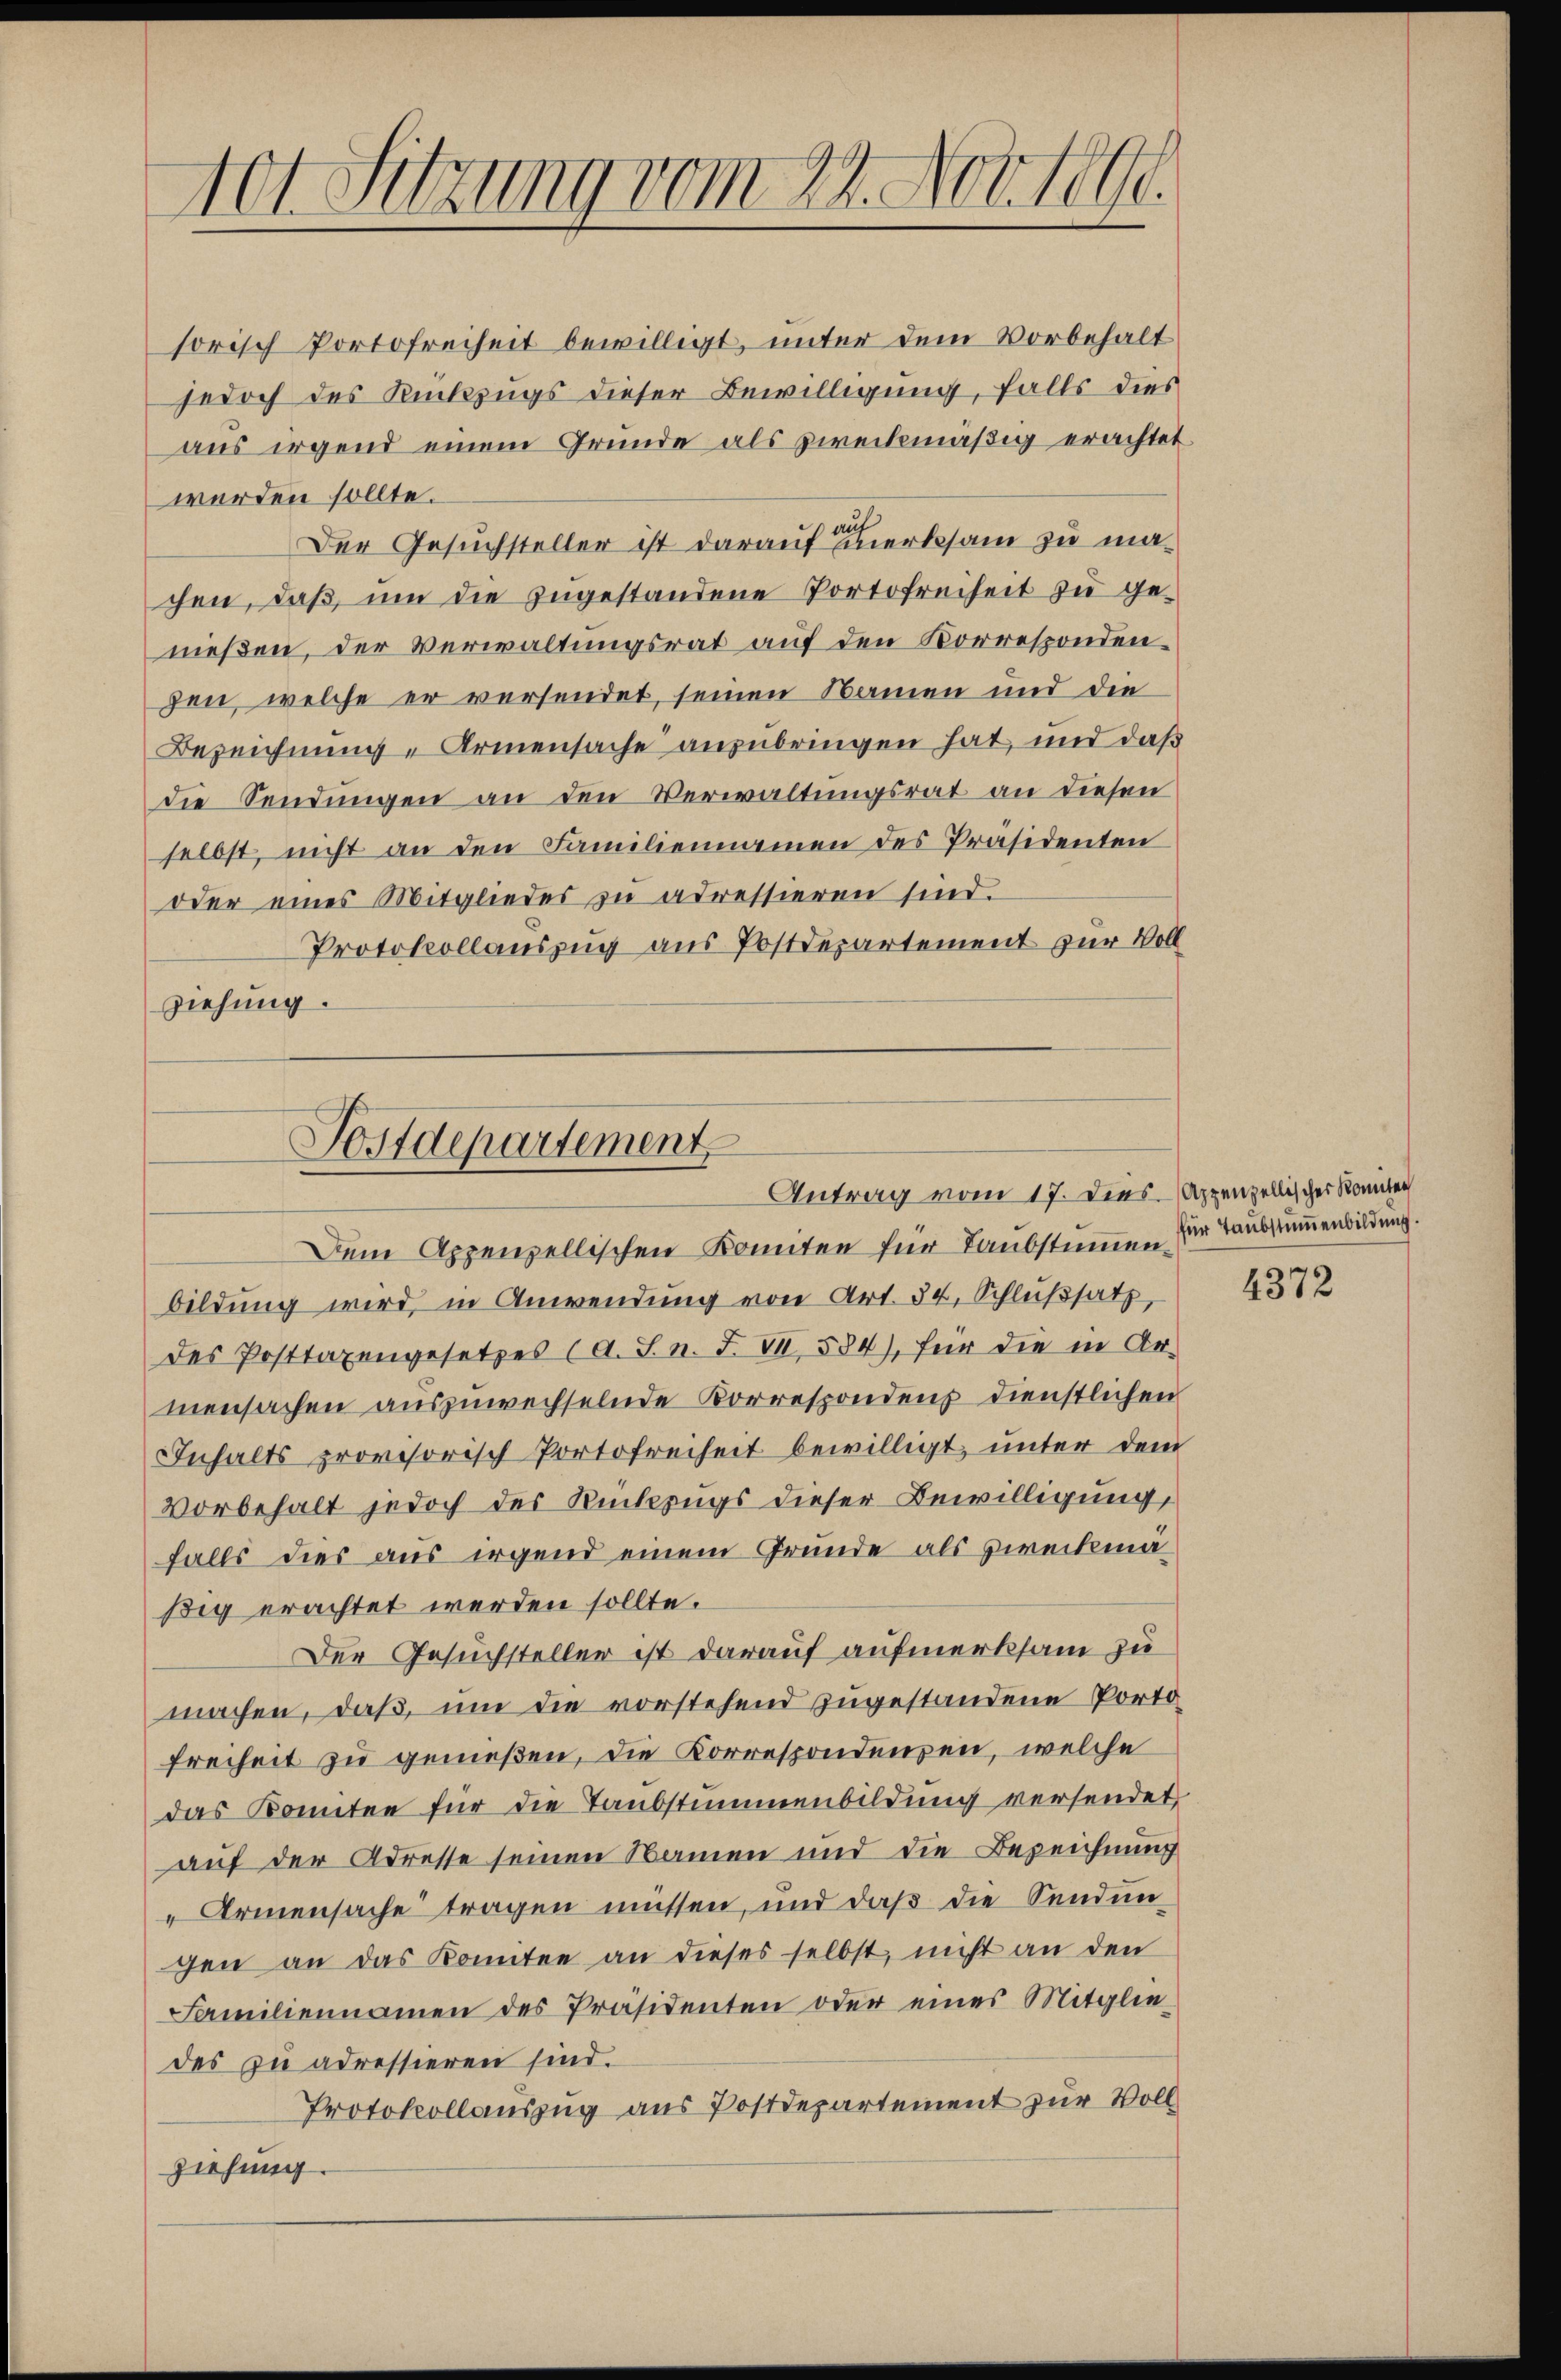
A0t Setzung vom 22. Nov. 1890.

sorisch Portofreiheit bewilligt, unter dem Vorbehalt
jedoch des Rückzugs dieser Bewilligung, falls dies
aus irgend einem Gründe als zweckmäßig erachtet.
werden sollte.
auf
Der Gesuchsteller ist darauf merksam zu machen, daß um die zugestandene Portofreiheit zu ge-
nießen, der Verwaltungsrat auf den Korrespondenzen, welche er versendet, seinen Namen und die
Bezeichnung „Armensache anzubringen hat, und daß
die Sendungen an den Verwaltungsrat an diesen
selbst, nicht an den Familiennamen des Präsidenten
oder eines Mitglieder zu adressieren sind.
Protokollauszug aus Postdepartement zur Voll
ziehung.

Postdepartement
Antrag vom 17. Dies

Dem Appenzellischen Komiten für Taubstummen für Taubstummenbildung.
bildung wird, in Anwendung von Art. 34. Schlußsatz,
des Posttaxengesetzes (A. S. n. F. VI, 584), für die in Ar-
mensachen auszuwechselnde Korrespondenz dienstlichen
Inhalts provisorisch Portofreiheit bewilligt, unter dem
Vorbehalt jedoch des Rückzugs dieser Bewilligung,
falls dies aus irgend einem Grunde als zweckmäßig erachtet werden sollte.
Der Gesuchsteller ist darauf aufmerksam zu
machen, daß, um die vorstehend zugestandene Porto¬
Freiheit zu genießen, die Korrespondenzen, welche
das Komitee für die Taubstummenbildung versendet,
auf der Adresse seinen Namen und die Bezeichnung
Armensache tragen müssen, und daß die Sendungen an das Komitee an dieses selbst, nicht an den
Familiennamen des Präsidenten oder eines Mitglie-
des zu adressieren sind.
Protokollauszug aus Postdepartement zur Voll
ziehung.

Appenzellischer Komiten

4372